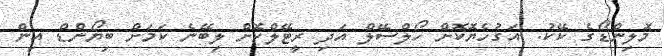
މޮލިންޑޯގެ ކޭކު: އަގުހެޔޮކޮށް ހޯލްސޭލް އަދި ރީޓޭލްކޮށް ލިބޭނެ ކަމަށް ބިޔޯންޑް އިން